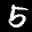
Digit: 5